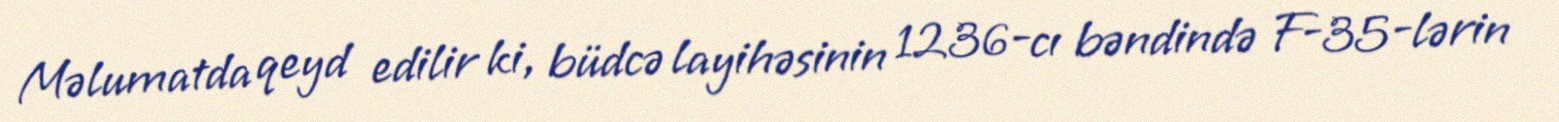
Məlumatda qeyd edilir ki, büdcə layihəsinin 1236-cı bəndində F-35-lərin